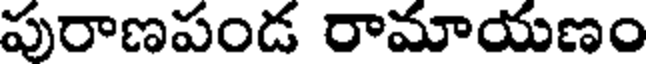
పురాణపండ రామాయణం